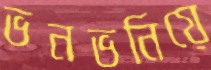
ভনভনিয়ে